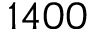
1 4 0 0